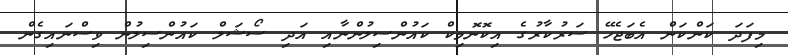
މިފަދަ ކަންކަން އެބަޖެހޭ ސަރުކާރުގެ އިކޮނޮމިކް ކައުންސިލުންނާއި އަދި ސޯޝަލް ކައުންސިލުން ވިސްނައިގެން